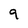
Character: 9